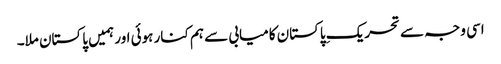
اسی وجہ سے تحریکِ پاکستان کامیابی سے ہم کنار ہوئی اور ہمیں پاکستان ملا۔